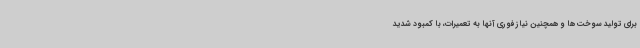
برای تولید سوخت‌ها و همچنین نیاز فوری آنها به تعمیرات، با کمبود شدید